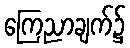
ကြေညာချက်၌